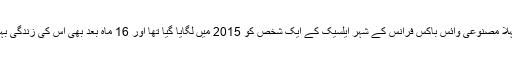
تجرباتی طور پر پہلا مصنوعی وائس باکس فرانس کے شہر ایلسیک کے ایک شخص کو 2015 میں لگایا گیا تھا اور 16 ماہ بعد بھی اس کی زندگی بہت بہتر ہوگئی ہے۔